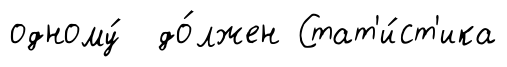
одному́ до́лжен Стат'и́ст'ика